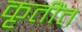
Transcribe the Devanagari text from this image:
कृतींत